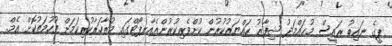
ޕީގެ ނައިބު ރައީސް މުޙައްމަދު ޝިފާޒު ހައްޔަރުކުރުން ކުށްވެރިކުރުންއެއާރޕޯޓްގައި މުޒާހަރާކުރިކަމަށް ތުހުމަތުކޮށް އެމް.